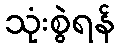
သုံးစွဲရန်